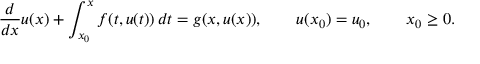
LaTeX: { \frac { d } { d x } } u ( x ) + \int _ { x _ { 0 } } ^ { x } f ( t , u ( t ) ) \, d t = g ( x , u ( x ) ) , \qquad u ( x _ { 0 } ) = u _ { 0 } , \qquad x _ { 0 } \geq 0 .